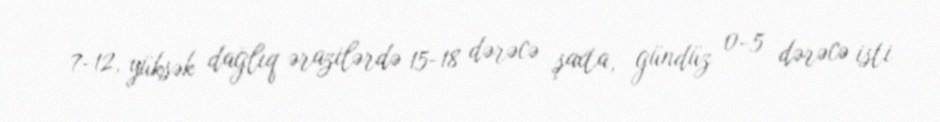
7-12, yüksək dağlıq ərazilərdə 15-18 dərəcə şaxta, gündüz 0-5 dərəcə isti